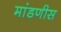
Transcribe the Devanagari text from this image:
मांडणीस